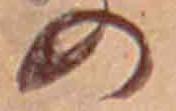
の